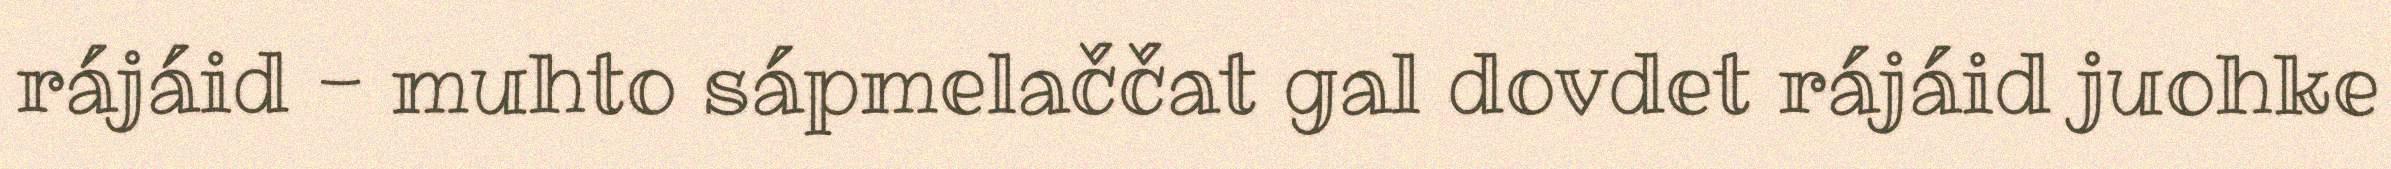
rájáid - muhto sápmelaččat gal dovdet rájáid juohke